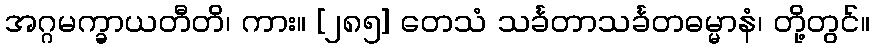
အဂ္ဂမက္ခာယတီတိ၊ ကား။ [၂၈၅] တေသံ သင်္ခတာသင်္ခတဓမ္မာနံ၊ တို့တွင်။